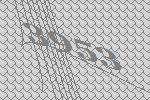
3953